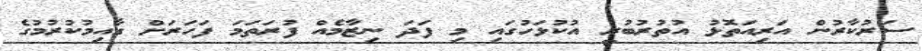
ސަރުކާރުން އަރިއަތޮޅު އުތުރުބުރީ އުކުޅަހުގައި މި ފަދަ ނިޒާމެއް ފުރަތަމަ ފަހަރަށް ގާއިމުކުރުމުގެ